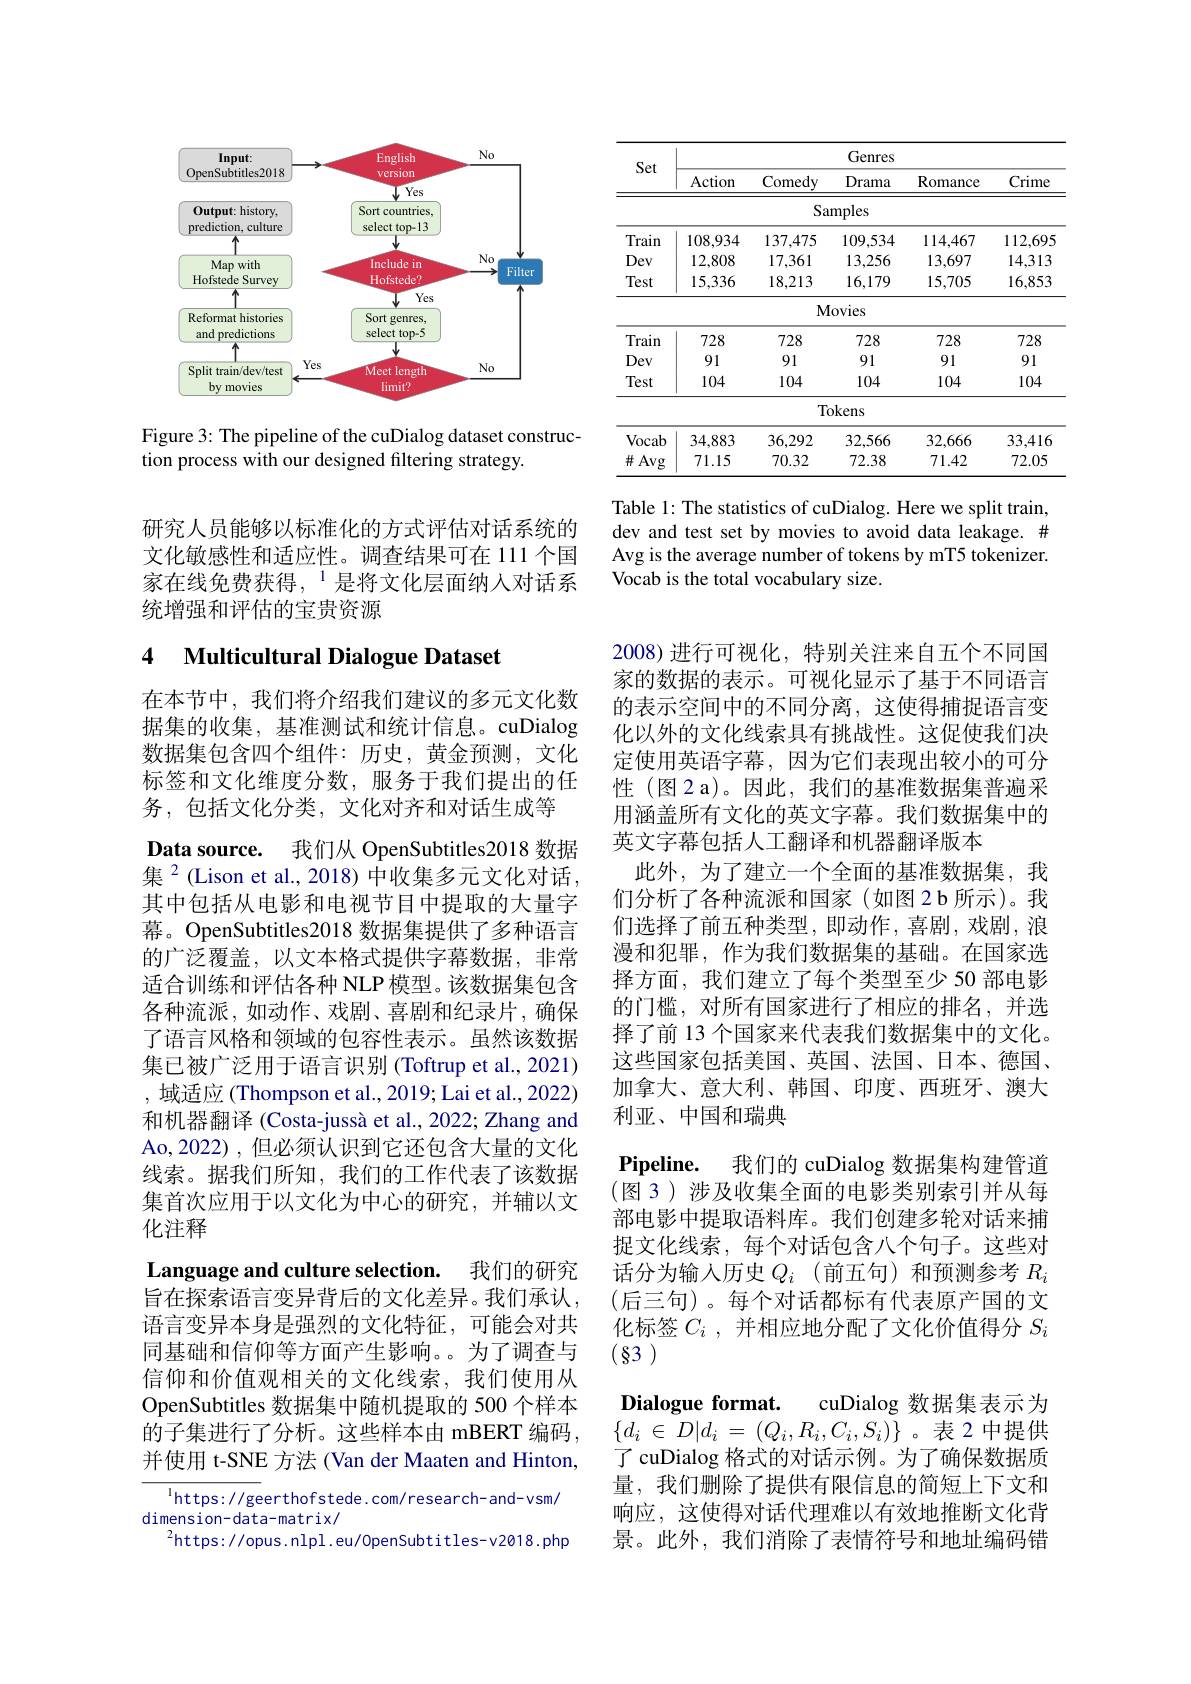
<FigureHere>

Figure 3: The pipeline of the cuDialog dataset construc-
tion process with our designed filtering strategy.

研究人员能够以标准化的方式评估对话系统的文化敏感性和适应性。调查结果可在 111 个国家在线免费获得，$^{1}$是将文化层面纳人对话系统增强和评估的宝贵资源

## 4 Multicultural Dialogue Dataset

在本节中，我们将介绍我们建议的多元文化数据集的收集，基准测试和统计信息。cuDialog 数据集包含四个组件：历史，黄金预测，文化标签和文化维度分数，服务于我们提出的任务，包括文化分类，文化对齐和对话生成等
Data source. 我们从 OpenSubtitles2018 数据集$^{2}$(Lison et al., 2018) 中收集多元文化对话， 其中包括从电影和电视节目中提取的大量字幕。OpenSubtitles2018 数据集提供了多种语言的广泛覆盖，以文本格式提供字幕数据，非常适合训练和评估各种 NLP 模型。该数据集包含各种流派，如动作、戏剧、喜剧和纪录片，确保了语言风格和领域的包容性表示。虽然该数据集已被广泛用于语言识别 (Toftrup et al., 2021) ,域适应 (Thompson et al., 2019; Lai et al., 2022) 和机器翻译 (Costa-jussà et al., 2022; Zhang and Ao,2022) , 但必须认识到它还包含大量的文化线索。据我们所知，我们的工作代表了该数据集首次应用于以文化为中心的研究，并辅以文化注释
Language and culture selection. 我们的研究旨在探索语言变异背后的文化差异。我们承认， 语言变异本身是强烈的文化特征，可能会对共同基础和信仰等方面产生影响。为了调查与信仰和价值观相关的文化线索，我们使用从OpenSubtitles 数据集中随机提取的 500 个样本的子集进行了分析。这些样本由 mBERT 编码， 并使用 t-SNE 方法 (Van der Maaten and Hinton,
$^{1}$https: / / geerthof stede. com/ research- and- vsm/

dimension- data-matrix/
$^{2}$https://opus.nlpl.eu/0penSubtitles-v2018.php

<table>
	<tbody>
		<tr>
			<th rowspan="2">Set</th>
			<th colspan="5">Genres</th>
		</tr>
		<tr>
			<th>Action</th>
			<th>Comedy</th>
			<th>$\underline{\text{Drama}}$</th>
			<th>Romance</th>
			<th>Crime</th>
		</tr>
		<tr>
			<td> </td>
			<td> </td>
			<td>Sa</td>
			<td>mples</td>
			<td> </td>
			<td> </td>
		</tr>
		<tr>
			<td>Train</td>
			<td>108,934</td>
			<td>137,475</td>
			<td>109,534</td>
			<td>114,467</td>
			<td>112,695</td>
		</tr>
		<tr>
			<td>Dev</td>
			<td>12,808</td>
			<td>17,361</td>
			<td>13,256</td>
			<td>13,697</td>
			<td>14,313</td>
		</tr>
		<tr>
			<td>Test</td>
			<td>15,336</td>
			<td>18,213</td>
			<td>16,179</td>
			<td>15,705</td>
			<td>16,853</td>
		</tr>
		<tr>
			<td> </td>
			<td> </td>
			<td>$M$</td>
			<td>lovies</td>
			<td> </td>
			<td> </td>
		</tr>
		<tr>
			<td>Train</td>
			<td>728</td>
			<td>728</td>
			<td>728</td>
			<td>728</td>
			<td>728</td>
		</tr>
		<tr>
			<td>Dev</td>
			<td>91</td>
			<td>91</td>
			<td>91</td>
			<td>91</td>
			<td>91</td>
		</tr>
		<tr>
			<td>Test</td>
			<td>104</td>
			<td>104</td>
			<td>104</td>
			<td>104</td>
			<td>104</td>
		</tr>
		<tr>
			<td> </td>
			<td> </td>
			<td>$Tc$</td>
			<td>okens</td>
			<td> </td>
			<td> </td>
		</tr>
		<tr>
			<td>Vocab</td>
			<td>34,883</td>
			<td>36,292</td>
			<td>32,566</td>
			<td>32,666</td>
			<td>33,416</td>
		</tr>
		<tr>
			<td>$\#Avg$</td>
			<td>71.15</td>
			<td>70.32</td>
			<td>72.38</td>
			<td>71.42</td>
			<td>72.05</td>
		</tr>
	</tbody>
</table>
Table 1: The statistics of cuDialog. Here we split train,

dev and test set by movies to avoid data leakage. # Avg is the average number of tokens by mT5 tokenizer. Vocab is the total vocabulary size.

2008)进行可视化，特别关注来自五个不同国家的数据的表示。可视化显示了基于不同语言的表示空间中的不同分离，这使得捕捉语言变化以外的文化线索具有挑战性。这促使我们决定使用英语字幕，因为它们表现出较小的可分性 (图2 a)。因此，我们的基准数据集普遍采用涵盖所有文化的英文字幕。我们数据集中的英文字幕包括人工翻译和机器翻译版本
此外，为了建立一个全面的基准数据集，我们分析了各种流派和国家(如图2b所示)。我们选择了前五种类型，即动作，喜剧，戏剧，浪漫和犯罪，作为我们数据集的基础。在国家选择方面，我们建立了每个类型至少 50 部电影的门槛，对所有国家进行了相应的排名，并选择了前 13 个国家来代表我们数据集中的文化。这些国家包括美国、英国、法国、日本、德国、 加拿大、意大利、韩国、印度、西班牙、澳大利亚、中国和瑞典
$\textbf{Pipeline. }$ 我们的 cuDialog 数据集构建管道(图3)涉及收集全面的电影类别索引并从每部电影中提取语料库。我们创建多轮对话来捕捉文化线索，每个对话包含八个句子。这些对话分为输入历史$Q_i$(前五句)和预测参考 $R_i$ (后三句)。每个对话都标有代表原产国的文化标签$C_i$ ,并相应地分配了文化价值得分$S_i$ (83)
Dialogue format. cuDialog 数据集表示 为$\{ d_{i}$ $\in$ $D| d_{i}$ = $( Q_{i}, R_{i}, C_{i}, S_{i}) \}$。表 2 中提供了 cuDialog 格式的对话示例。为了确保数据质量，我们删除了提供有限信息的简短上下文和响应，这使得对话代理难以有效地推断文化背景。此外，我们消除了表情符号和地址编码错